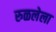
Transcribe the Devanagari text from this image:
रुळलेला